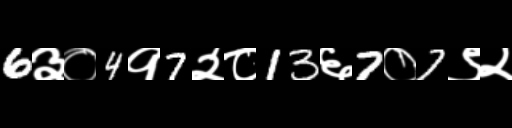
Text: 6३०4१7२८13६7०7९२